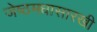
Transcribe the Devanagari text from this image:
जेष्ठमधासारखी